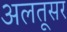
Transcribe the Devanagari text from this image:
अलतूसर